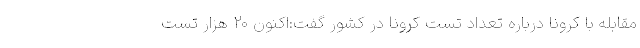
مقابله با کرونا درباره تعداد تست کرونا در کشور گفت:اکنون ۲۰ هزار تست